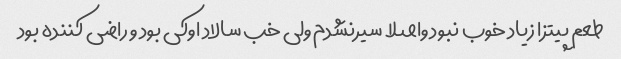
طعم پیتزا زیاد خوب نبود واصلا سیرنشدم ولی خب سالاد اوکی بود و راضی کننده بود